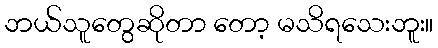
ဘယ်သူတွေဆိုတာ တော့ မသိရသေးဘူး။